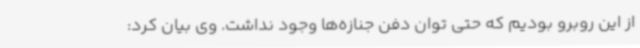
از این روبرو بودیم که حتی توان دفن جنازه‌ها وجود نداشت. وی بیان کرد: